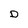
Character: D